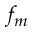
f _ { m }